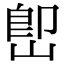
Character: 𡷦